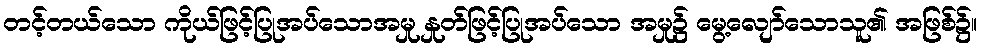
တင့်တယ်သော ကိုယ်ဖြင့်ပြုအပ်သောအမှု နှုတ်ဖြင့်ပြုအပ်သော အမှု၌ မွေ့လျော်သောသူ၏ အဖြစ်၌။